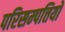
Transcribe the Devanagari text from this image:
परिसम्‍पत्तियों